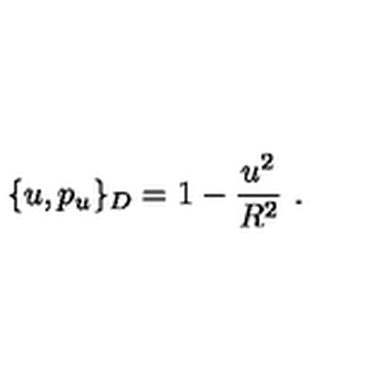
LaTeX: \{ u , p _ { u } \} _ { D } = 1 - \frac { u ^ { 2 } } { R ^ { 2 } } \ .